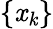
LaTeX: \mathit{\{ {x_{k}\} }}